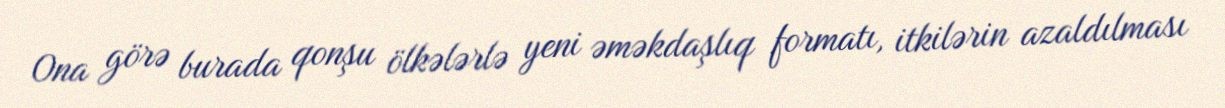
Ona görə burada qonşu ölkələrlə yeni əməkdaşlıq formatı, itkilərin azaldılması